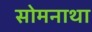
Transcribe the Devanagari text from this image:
सोमनाथा